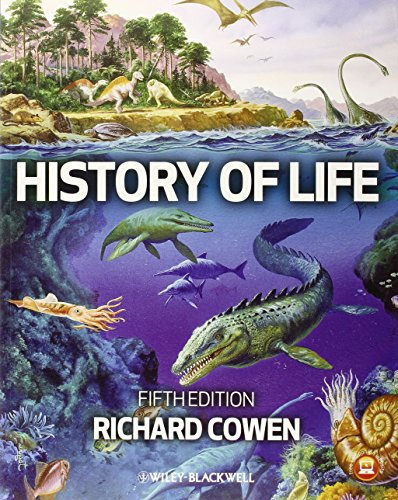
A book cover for History of Life; Richard Cowen; Science & Math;